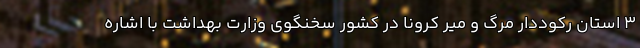
۳ استان رکوددار مرگ و میر کرونا در کشور سخنگوی وزارت بهداشت با اشاره